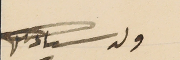
ولد سىادتكم